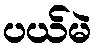
ပယ်မဲ